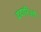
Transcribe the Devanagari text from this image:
ददारिओ